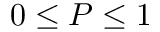
0 \leq P \leq 1